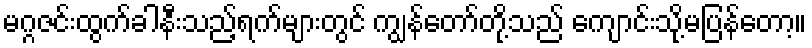
မဂ္ဂဇင်းထွက်ခါနီးသည့်ရက်များတွင် ကျွန်တော်တို့သည် ကျောင်းသို့မပြန်တော့။